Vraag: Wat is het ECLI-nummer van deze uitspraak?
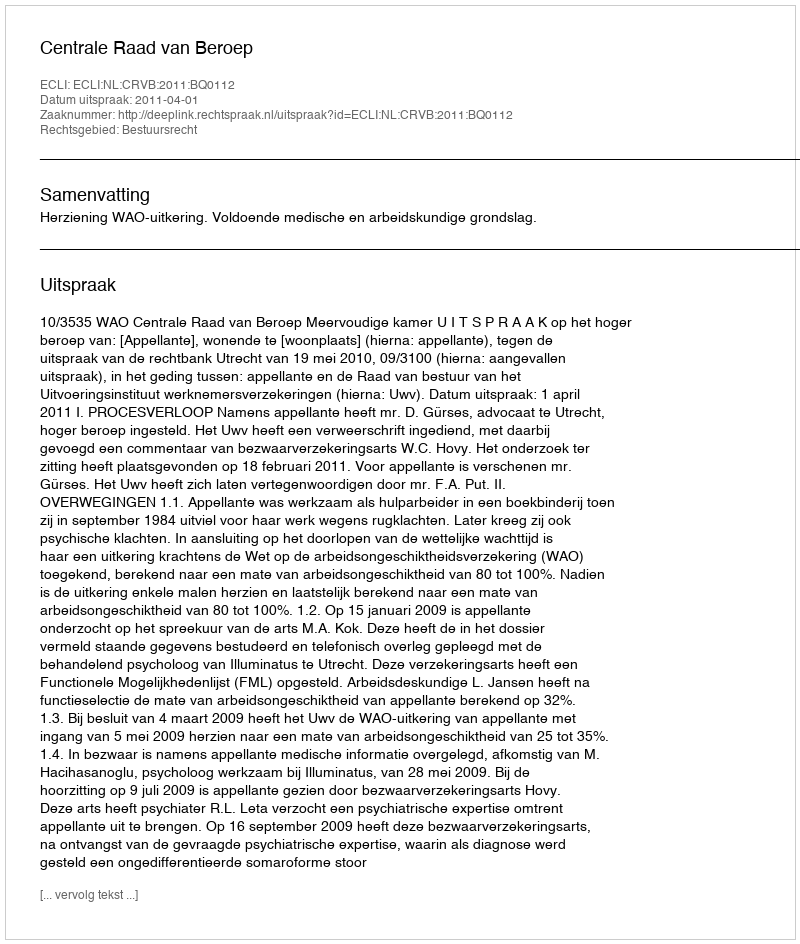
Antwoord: ECLI:NL:CRVB:2011:BQ0112